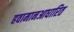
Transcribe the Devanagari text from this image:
हवामानआधारित